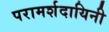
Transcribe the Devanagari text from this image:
परामर्शदायिनी